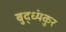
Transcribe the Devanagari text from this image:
बुद्ध्यंकुर